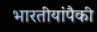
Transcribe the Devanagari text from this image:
भारतीयांपैकी